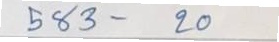
583 - 20